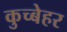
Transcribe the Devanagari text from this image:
कुच्बेहर